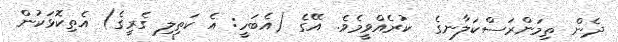
ދެން ތިމަންރަސްކަލާނގެ  ކުރެއްވީމެވެ. އޭގެ (އެބަހީ: އެ ކަތިލި ގެރީގެ) އެތިކޮޅަކުން